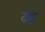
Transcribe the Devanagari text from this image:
ढंढ